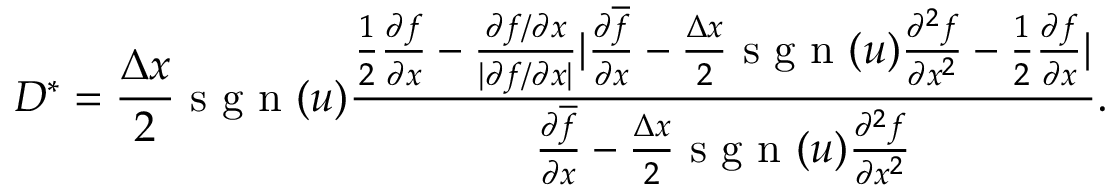
D ^ { \ast } = \frac { \Delta x } { 2 } \mathrm { ~ s ~ g ~ n ~ } ( u ) \frac { \frac { 1 } { 2 } \frac { \partial f } { \partial x } - \frac { \partial f / \partial x } { | \partial f / \partial x | } | \frac { \partial \overline { { f } } } { \partial x } - \frac { \Delta x } { 2 } \mathrm { ~ s ~ g ~ n ~ } ( u ) \frac { \partial ^ { 2 } f } { \partial x ^ { 2 } } - \frac { 1 } { 2 } \frac { \partial f } { \partial x } | } { \frac { \partial \overline { { f } } } { \partial x } - \frac { \Delta x } { 2 } \mathrm { ~ s ~ g ~ n ~ } ( u ) \frac { \partial ^ { 2 } f } { \partial x ^ { 2 } } } .